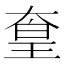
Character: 𡙙